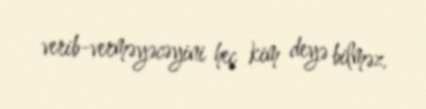
verib-verməyəcəyini heç kim deyə bilməz.